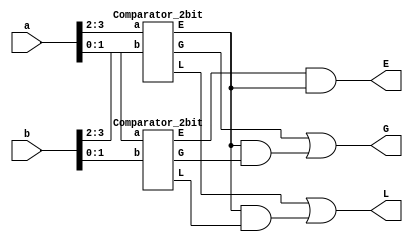
`timescale 1ns / 1ps
//////////////////////////////////////////////////////////////////////////////////
// Structural 4-bit Comparator built using two 2-bit comparators
//////////////////////////////////////////////////////////////////////////////////
 
//Connect each 2-bit comparator to build a 4-bit comparator
module Comparator_4bit(
    input [3:0] a,b,
    output G, L, E
    );
    wire g1, g2, l1, l2, e1, e2;
    
    Comparator_2bit comp1(a[3:2], b[3:2], g2, l2, e2);
    Comparator_2bit comp2(a[1:0], b[1:0], g1, l1, e1);
    
    assign G = (g2)|(e2&g1);
    assign L = (l2)|(e2&l1);
    assign E = e1&e2; 
endmodule
 
//Stuctural comparator based on K-map for Greater, Less than, and Equal
module Comparator_2bit(
    input [1:0] a,b,
    output G, L, E
);
    assign G = ((a[1])&(~b[1]))|(((a[1])~^(b[1]))&((a[0])&(~b[0])));
    assign L = ((~a[1])&(b[1]))|(((a[1])~^(b[1]))&((~a[0])&(b[0])));
    assign E = (a[1]~^b[1])&(a[0]~^b[0]);
endmodule